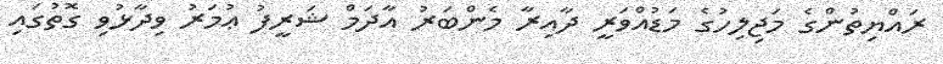
ރައްޔިތުންގެ މަޖިލިހުގެ މަޑުއްވަރީ ދާއިރާ މެންބަރު އާދަމް ޝަރީފު ޢުމަރު ވިދާޅުވި ގޮތުގައި